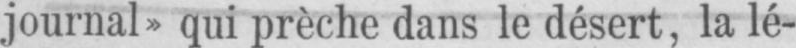
journal» qui prèche dans le désert, la lé-